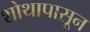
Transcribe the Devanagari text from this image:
शोथापासून